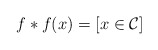
\begin{align*}f*f(x) = [x\in \mathcal{C}]\end{align*}